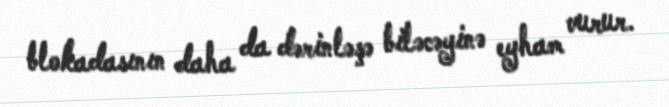
blokadasının daha da dərinləşə biləcəyinə eyham vurur.